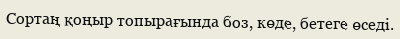
Сортаң қоңыр топырағында боз, көде, бетеге өседі.